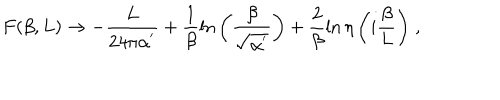
LaTeX: F ( \beta , L ) \rightarrow - \frac { L } { 2 4 \pi \alpha ^ { ' } } + \frac { 1 } { \beta } \ln { \left( \frac { \beta } { \sqrt { \alpha ^ { ' } } } \right) } + \frac { 2 } { \beta } \ln { \eta \left( i \frac { \beta } { L } \right) } \; ,